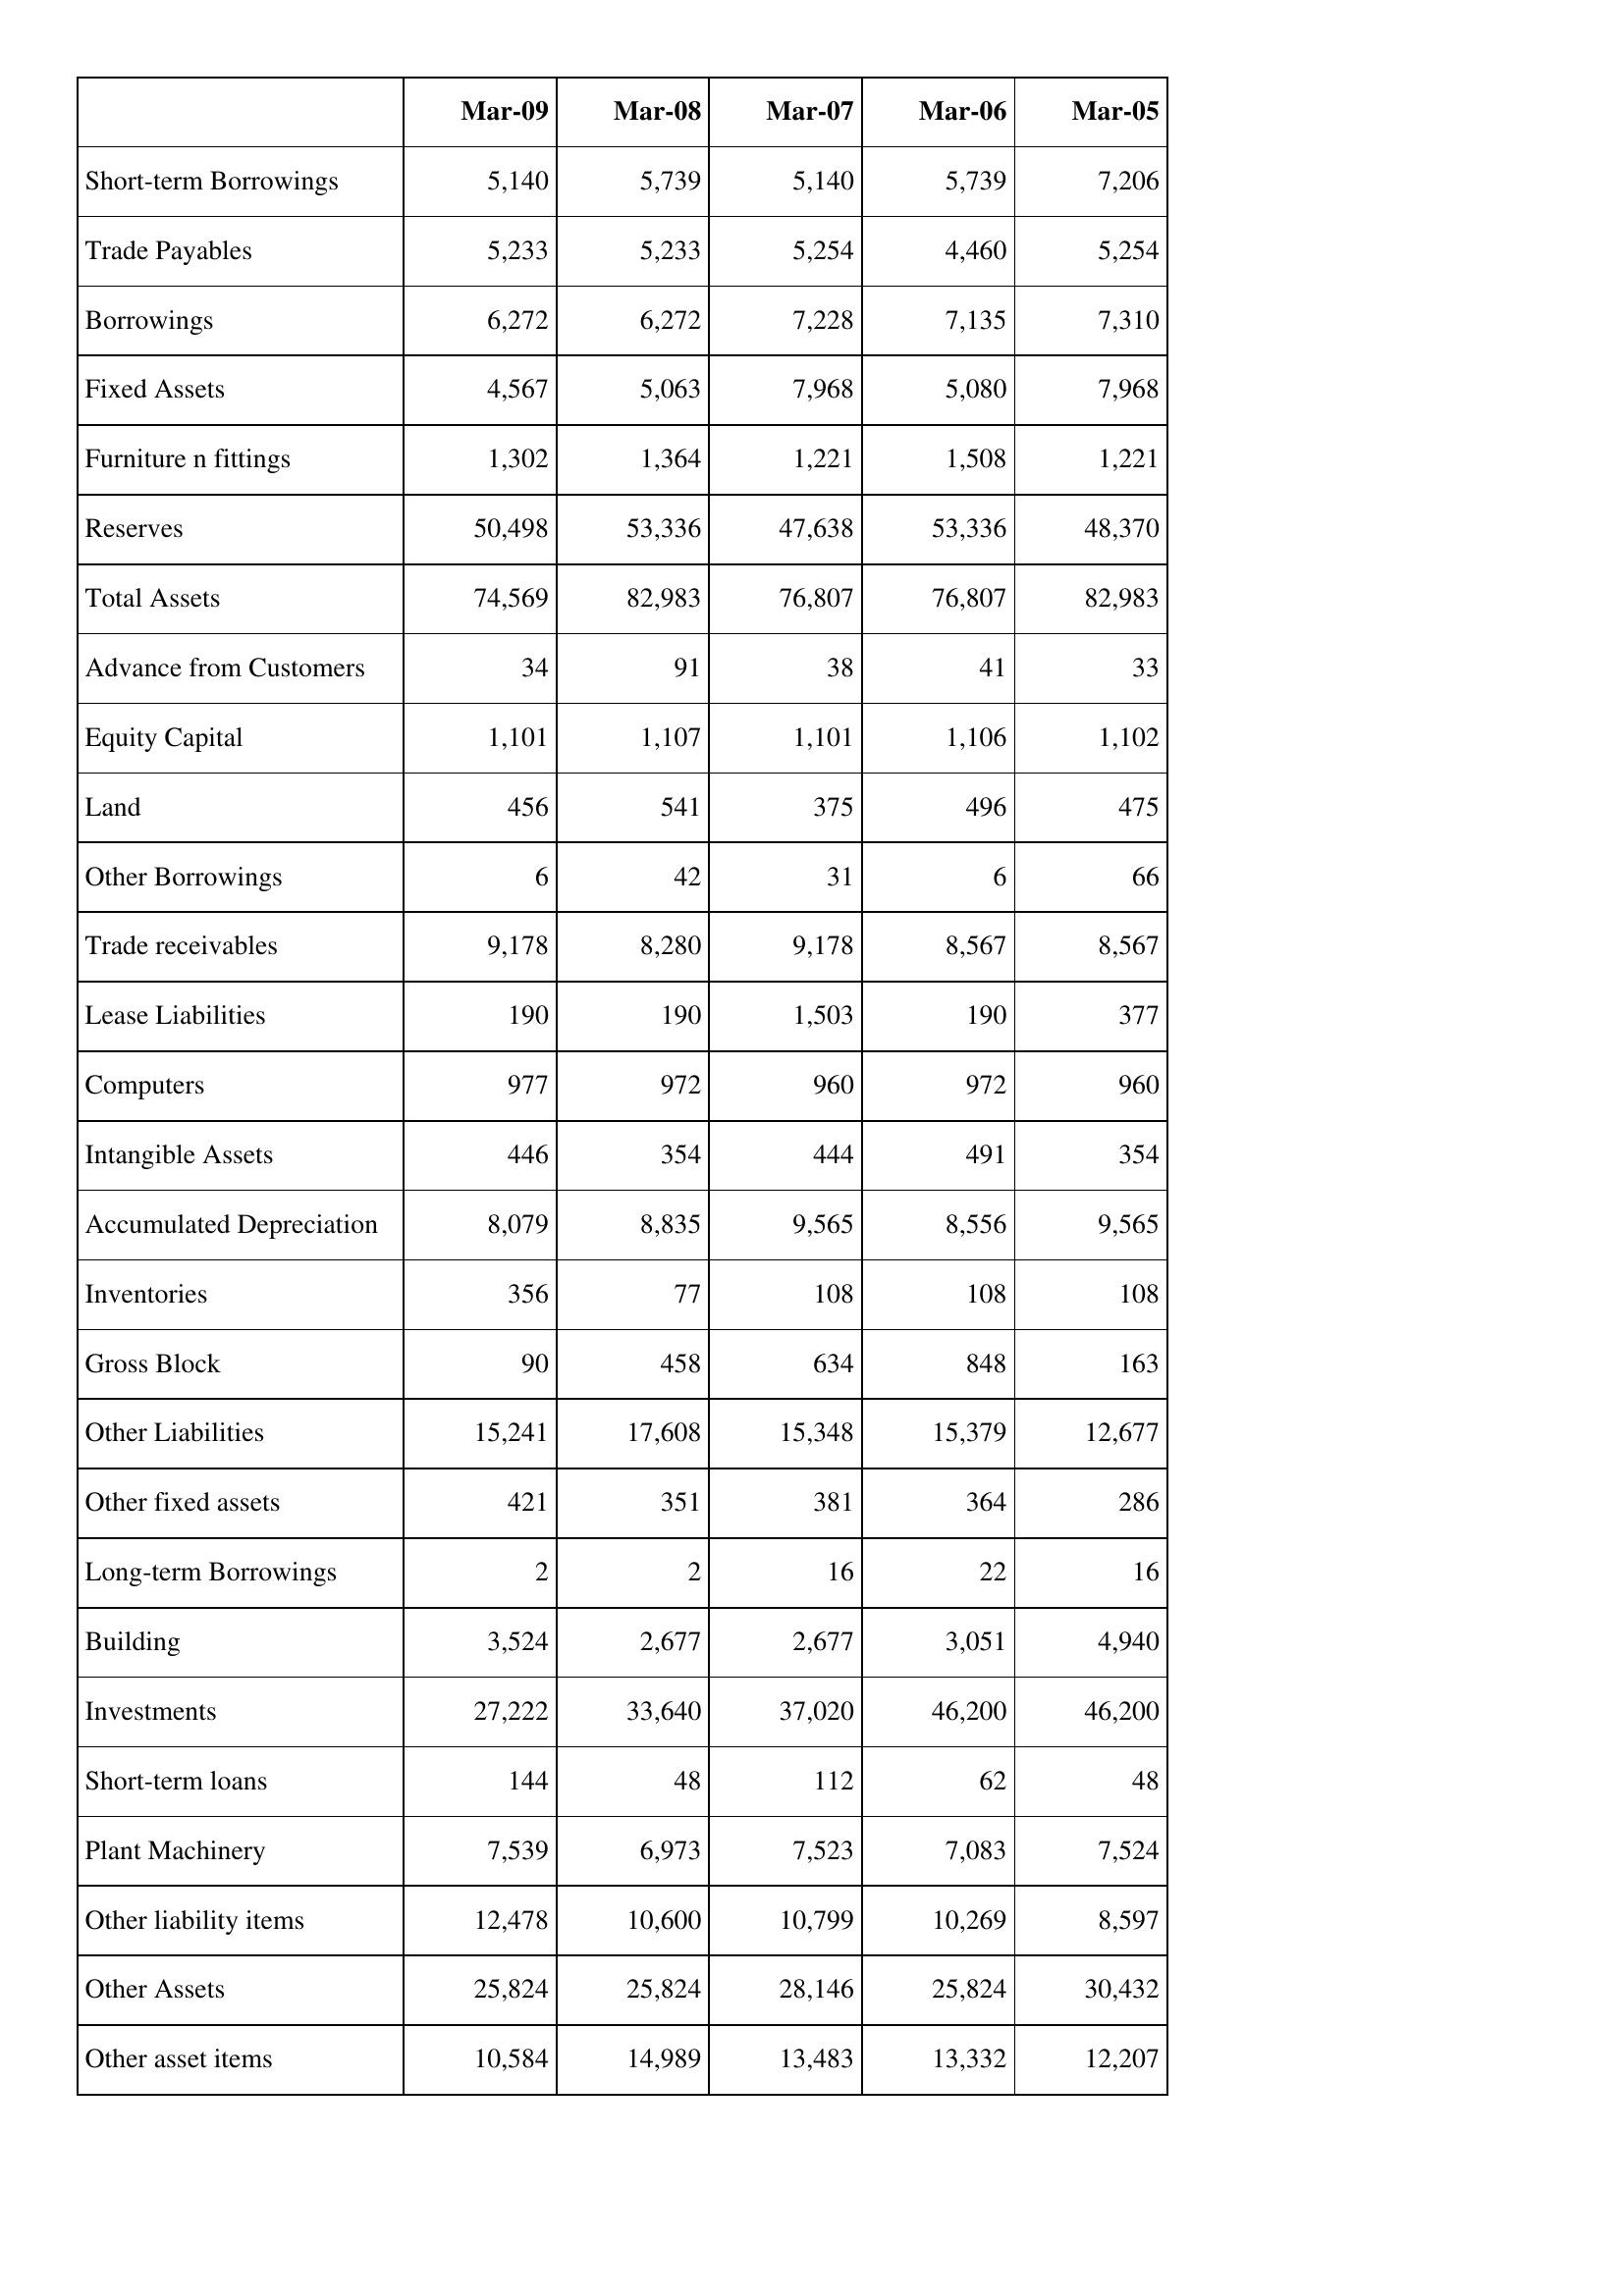
Mar-09: Balance Sheet: Short-term Borrowings: 5,140
Trade Payables: 5,233
Borrowings: 6,272
Fixed Assets: 4,567
Furniture n fittings: 1,302
Reserves: 50,498
Total Assets: 74,569
Advance from Customers: 34
Equity Capital: 1,101
Land: 456
Other Borrowings: 6
Trade receivables: 9,178
Lease Liabilities: 190
Computers: 977
Intangible Assets: 446
Accumulated Depreciation: 8,079
Inventories: 356
Gross Block: 90
Other Liabilities: 15,241
Other fixed assets: 421
Long-term Borrowings: 2
Building: 3,524
Investments: 27,222
Short-term loans: 144
Plant Machinery: 7,539
Other liability items: 12,478
Other Assets: 25,824
Other asset items: 10,584
Mar-08: Balance Sheet: Short-term Borrowings: 5,739
Trade Payables: 5,233
Borrowings: 6,272
Fixed Assets: 5,063
Furniture n fittings: 1,364
Reserves: 53,336
Total Assets: 82,983
Advance from Customers: 91
Equity Capital: 1,107
Land: 541
Other Borrowings: 42
Trade receivables: 8,280
Lease Liabilities: 190
Computers: 972
Intangible Assets: 354
Accumulated Depreciation: 8,835
Inventories: 77
Gross Block: 458
Other Liabilities: 17,608
Other fixed assets: 351
Long-term Borrowings: 2
Building: 2,677
Investments: 33,640
Short-term loans: 48
Plant Machinery: 6,973
Other liability items: 10,600
Other Assets: 25,824
Other asset items: 14,989
Mar-07: Balance Sheet: Short-term Borrowings: 5,140
Trade Payables: 5,254
Borrowings: 7,228
Fixed Assets: 7,968
Furniture n fittings: 1,221
Reserves: 47,638
Total Assets: 76,807
Advance from Customers: 38
Equity Capital: 1,101
Land: 375
Other Borrowings: 31
Trade receivables: 9,178
Lease Liabilities: 1,503
Computers: 960
Intangible Assets: 444
Accumulated Depreciation: 9,565
Inventories: 108
Gross Block: 634
Other Liabilities: 15,348
Other fixed assets: 381
Long-term Borrowings: 16
Building: 2,677
Investments: 37,020
Short-term loans: 112
Plant Machinery: 7,523
Other liability items: 10,799
Other Assets: 28,146
Other asset items: 13,483
Mar-06: Balance Sheet: Short-term Borrowings: 5,739
Trade Payables: 4,460
Borrowings: 7,135
Fixed Assets: 5,080
Furniture n fittings: 1,508
Reserves: 53,336
Total Assets: 76,807
Advance from Customers: 41
Equity Capital: 1,106
Land: 496
Other Borrowings: 6
Trade receivables: 8,567
Lease Liabilities: 190
Computers: 972
Intangible Assets: 491
Accumulated Depreciation: 8,556
Inventories: 108
Gross Block: 848
Other Liabilities: 15,379
Other fixed assets: 364
Long-term Borrowings: 22
Building: 3,051
Investments: 46,200
Short-term loans: 62
Plant Machinery: 7,083
Other liability items: 10,269
Other Assets: 25,824
Other asset items: 13,332
Mar-05: Balance Sheet: Short-term Borrowings: 7,206
Trade Payables: 5,254
Borrowings: 7,310
Fixed Assets: 7,968
Furniture n fittings: 1,221
Reserves: 48,370
Total Assets: 82,983
Advance from Customers: 33
Equity Capital: 1,102
Land: 475
Other Borrowings: 66
Trade receivables: 8,567
Lease Liabilities: 377
Computers: 960
Intangible Assets: 354
Accumulated Depreciation: 9,565
Inventories: 108
Gross Block: 163
Other Liabilities: 12,677
Other fixed assets: 286
Long-term Borrowings: 16
Building: 4,940
Investments: 46,200
Short-term loans: 48
Plant Machinery: 7,524
Other liability items: 8,597
Other Assets: 30,432
Other asset items: 12,207